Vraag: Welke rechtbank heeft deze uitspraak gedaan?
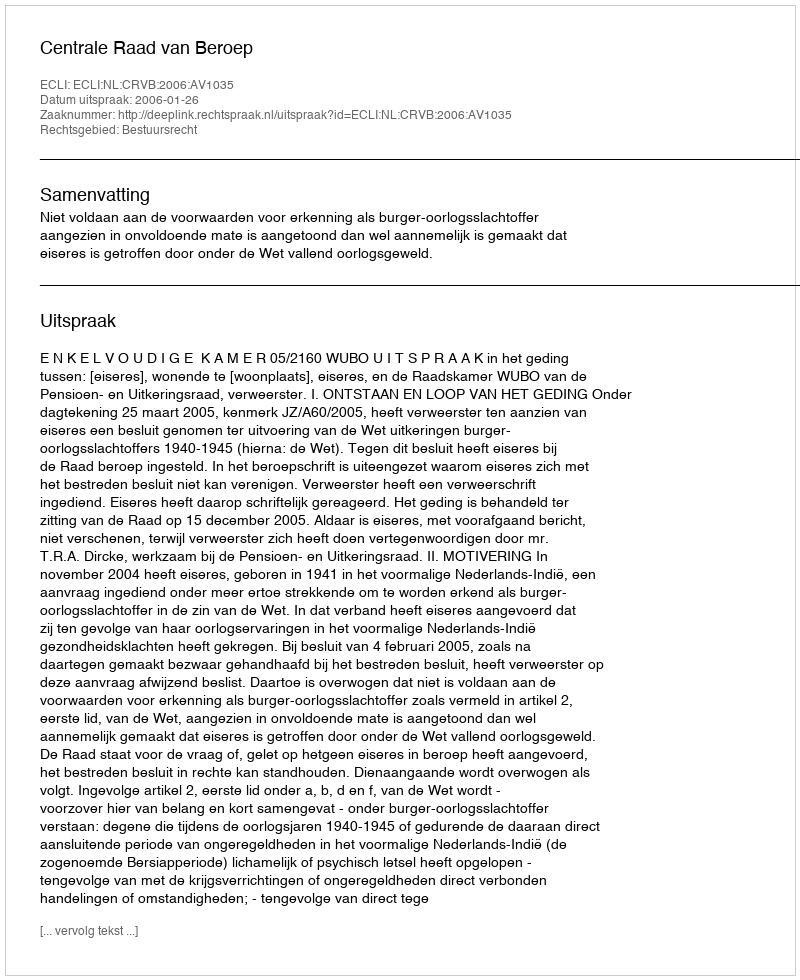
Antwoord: Centrale Raad van Beroep